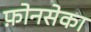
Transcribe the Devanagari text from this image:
फ़ोनसेका